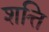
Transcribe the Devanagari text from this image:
शत्ति